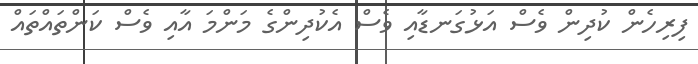
ފިރިހެން ކުދިން ވެސް އަޅުގަނޑާއި ވެސް އެކުދިންގެ މަންމަ އާއި ވެސް ކަންތައްތައް